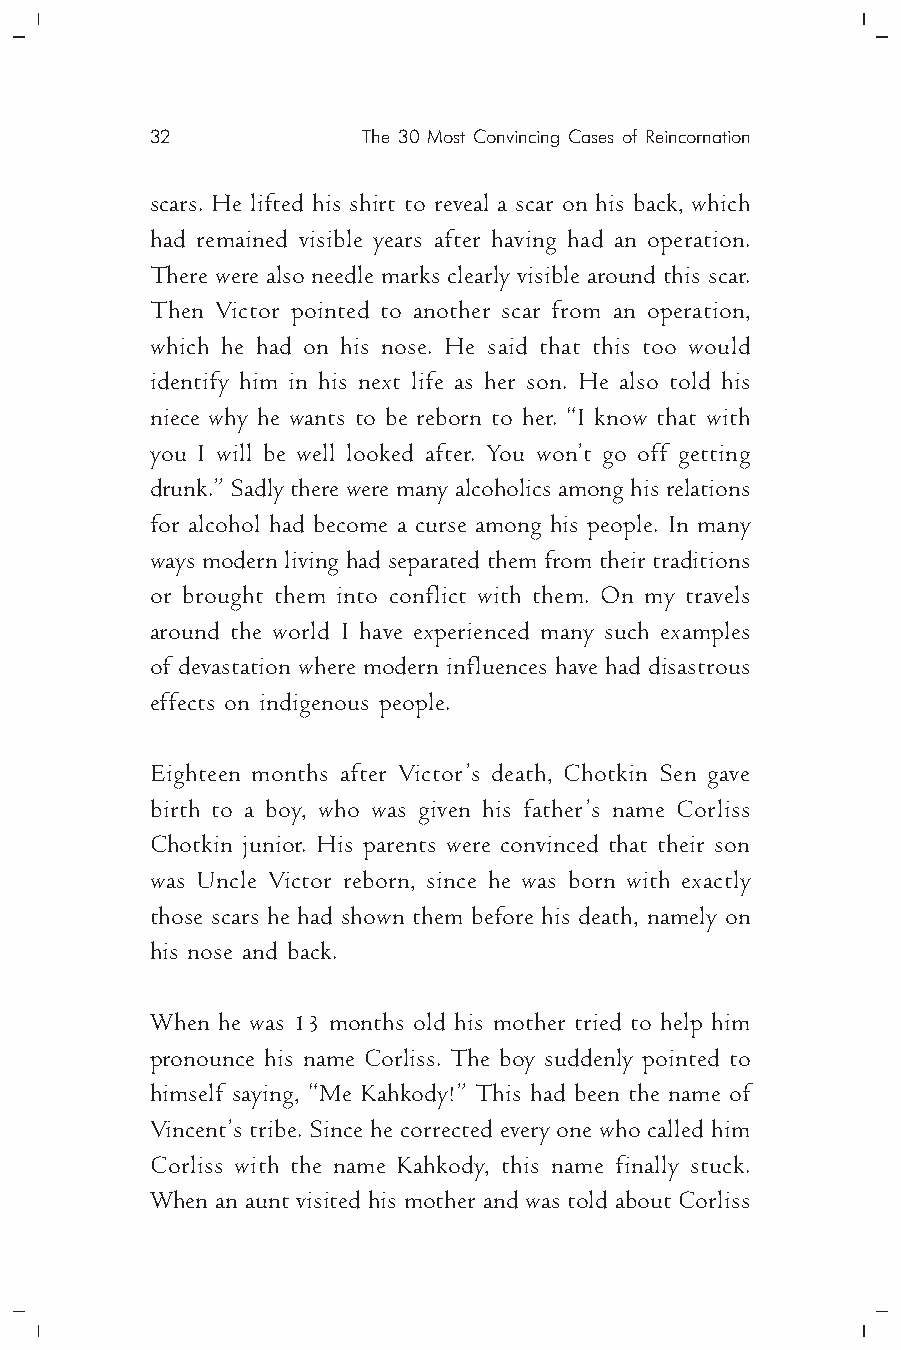
32            The 30 Most Convincing Cases of Reincornation
 scars. He lifted his shirt to reveal a scar on his back, which
 had remained visible years after having had an operation.
 There were also needle marks clearly visible around this scar.
 Then Victor pointed to another scar from an operation,
 which he had on his nose. He said that this too would
 identify him in his next life as her son. He also told his
 niece why he wants to be reborn to her. “I know that with
 you I will be well looked after. You won’t go off getting
 drunk.” Sadly there were many alcoholics among his relations
 for alcohol had become a curse among his people. In many
 ways modern living had separated them from their traditions
 or brought them into conflict with them. On my travels
 around the world I have experienced many such examples
 of devastation where modern influences have had disastrous
 effects on indigenous people.
 Eighteen months after Victor’s death, Chotkin Sen gave
 birth to a boy, who was given his father’s name Corliss
 Chotkin junior. His parents were convinced that their son
 was Uncle Victor reborn, since he was born with exactly
 those scars he had shown them before his death, namely on
 his nose and back.
 When he was 13 months old his mother tried to help him
 pronounce his name Corliss. The boy suddenly pointed to
 himself saying, “Me Kahkody!” This had been the name of
 Vincent’s tribe. Since he corrected every one who called him
 Corliss with the name Kahkody, this name finally stuck.
 When an aunt visited his mother and was told about Corliss